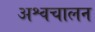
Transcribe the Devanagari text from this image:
अश्वचालन